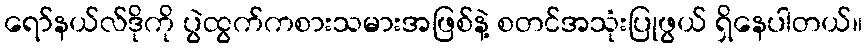
ရော်နယ်လ်ဒိုကို ပွဲထွက်ကစားသမားအဖြစ်နဲ့ စတင်အသုံးပြုဖွယ် ရှိနေပါတယ်။